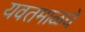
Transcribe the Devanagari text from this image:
यवतमाळचे